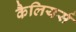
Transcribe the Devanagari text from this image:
कैलियर्स